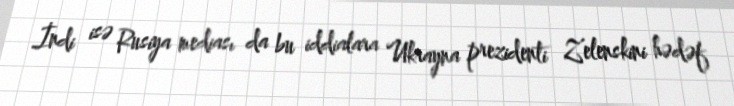
İndi isə Rusiya mediası da bu iddialara Ukrayna prezidenti Zelenskini hədəf